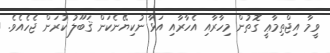
ވީމާ އިޖްތިމާޢީ ގޮތުން މިހާރާއި އެހާރާއި އަޅާ ނުކިޔޭނެކަން ޤަބޫލު ކުރަން ޖެހެއެވެ.